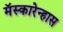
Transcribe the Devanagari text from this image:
मॅस्कारेन्हास